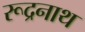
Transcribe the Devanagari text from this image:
रूद्रनाथ